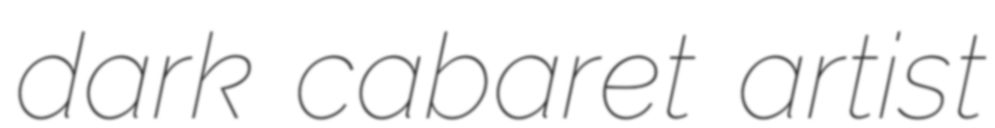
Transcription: dark cabaret artist